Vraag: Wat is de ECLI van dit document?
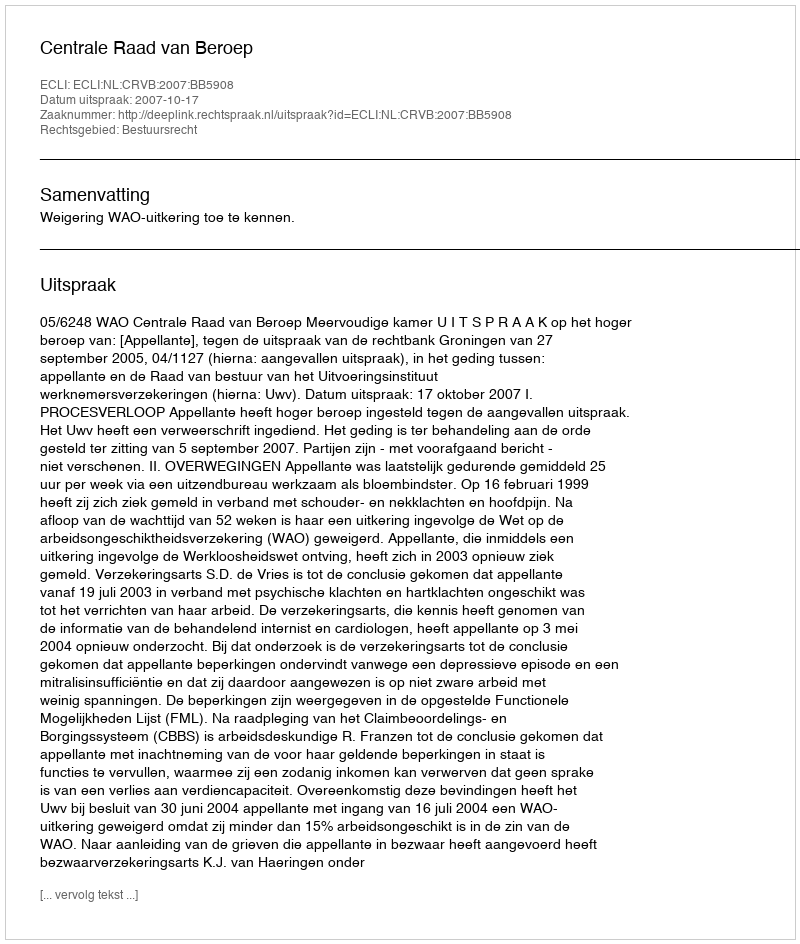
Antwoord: ECLI:NL:CRVB:2007:BB5908